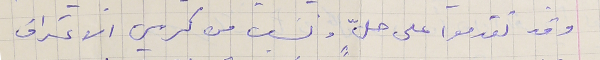
وقد تقدموا على حلٍّ ونسَب من كرسي الاعتراف